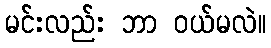
မင်းလည်း ဘာ ဝယ်မလဲ။